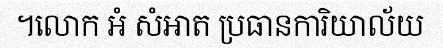
។លោក អំ សំអាត ប្រធានការិយាល័យ